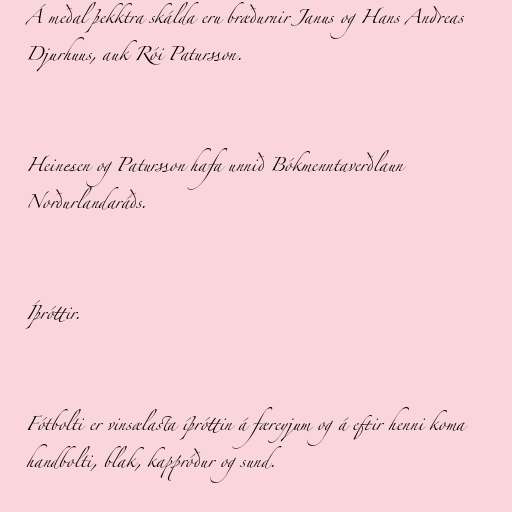
Á meðal þekktra skálda eru bræðurnir Janus og Hans Andreas
Djurhuus, auk Rói Patursson.

Heinesen og Patursson hafa unnið Bókmenntaverðlaun
Norðurlandaráðs.

Íþróttir.

Fótbolti er vinsælasta íþróttin á færeyjum og á eftir henni koma
handbolti, blak, kappróður og sund.